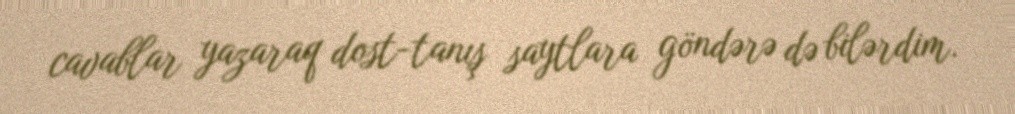
cavablar yazaraq dost-tanış saytlara göndərə də bilərdim.